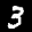
Label: 3